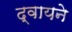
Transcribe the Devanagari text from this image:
द्वायने